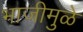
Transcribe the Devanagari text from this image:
भाजीमुळे